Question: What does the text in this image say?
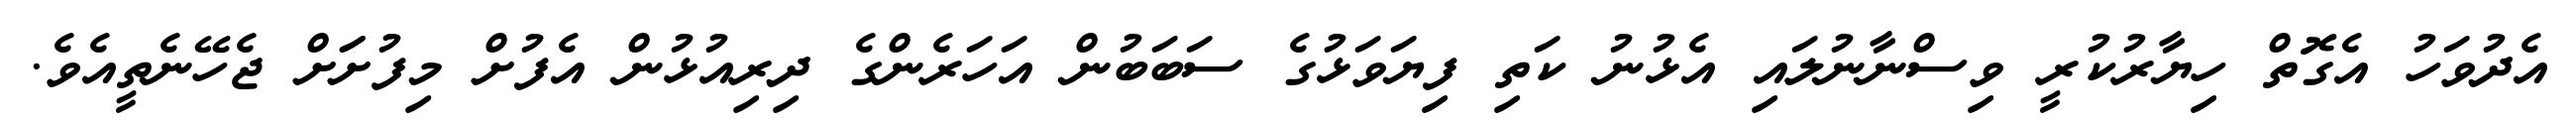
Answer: އެދުވަހު އެގޮތް ހިޔާރުކުރީ ވިސްނާނުލައި އެޅުނު ކަތި ފިޔަވަޅުގެ ސަބަބުން އަހަރެންގެ ދިރިއުޅުން އެފުށް މިފުށަަށް ޖެހޭނެތީއެވެ.